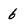
Character: 6